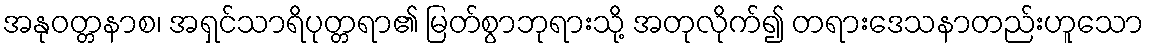
အနုဝတ္တနာစ၊ အရှင်သာရိပုတ္တရာ၏ မြတ်စွာဘုရားသို့ အတုလိုက်၍ တရားဒေသနာတည်းဟူသော